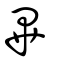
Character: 畢